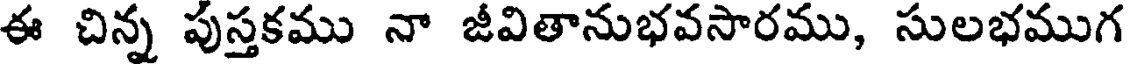
ఈ చిన్న పుస్తకము నా జీవితానుభవసారము, సులభముగ